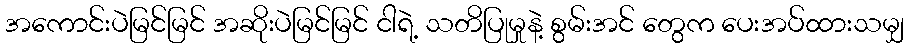
အကောင်းပဲမြင်မြင် အဆိုးပဲမြင်မြင် ငါရဲ့ သတိပြုမှုနဲ့ စွမ်းအင် တွေက ပေးအပ်ထားသမျှ